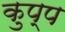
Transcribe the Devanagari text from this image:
कुप्प